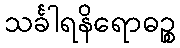
သင်္ခါရနိရောဓဉ္စ